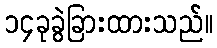
၁၄ခုခွဲခြားထားသည်။